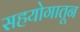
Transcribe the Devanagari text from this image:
सहयोगातून